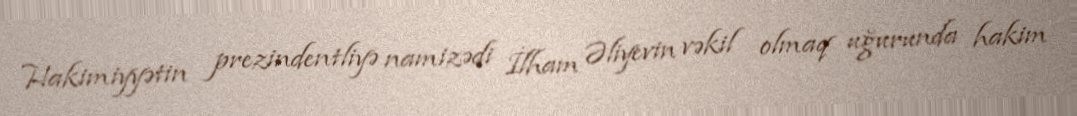
Hakimiyyətin prezindentliyə namizədi İlham Əliyevin vəkil olmaq uğurunda hakim